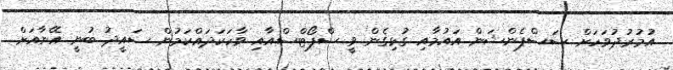
އުމުރުދުވަހަށް ސަސްޕެންޝަން އައުމާއި ގުޅިގެން ވީ ސްޕޯޓްސްއާއި ވާހަކަދައްކަމުން ސައީދު ބުނީ އޭނާއަށް